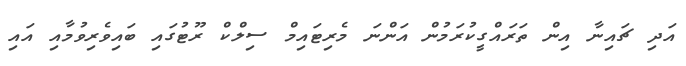
އަދި ޗައިނާ އިން ތަރައްގީކުރަމުން އަންނަ މެރިޓައިމް ސިލްކް ރޫޓުގައި ބައިވެރިވުމާއި އައި